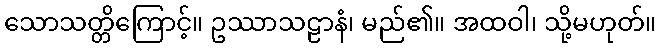
သောသတ္တိကြောင့်။ ဥဿာသဠာနံ၊ မည်၏။ အထဝါ၊ သို့မဟုတ်။